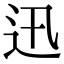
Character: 迅